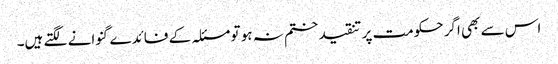
اس سے بھی اگر حکومت پر تنقید ختم نہ ہو تو مسئلہ کے فائدے گنوانے لگتے ہیں۔